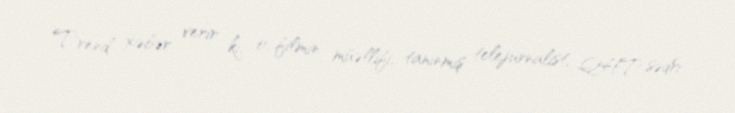
Trend xəbər verir ki, o, filmin müəllifi, tanınmış telejurnalist, QHT sədri